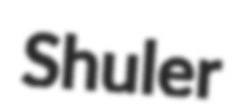
Shuler